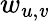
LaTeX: w_{u,\mathit{v}}